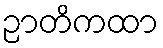
ဉာတိကထာ